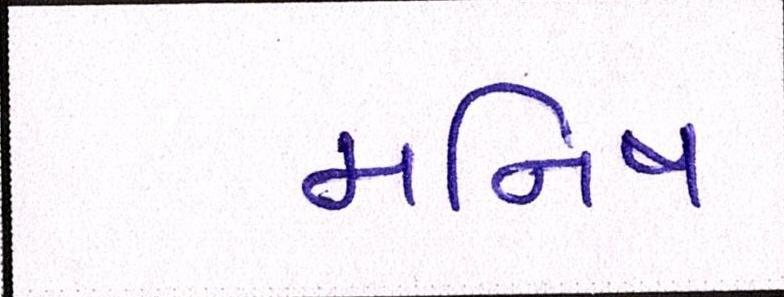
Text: મનિષ